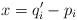
\begin{align*}x = q_i' - p_i\end{align*}